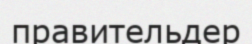
правительдер